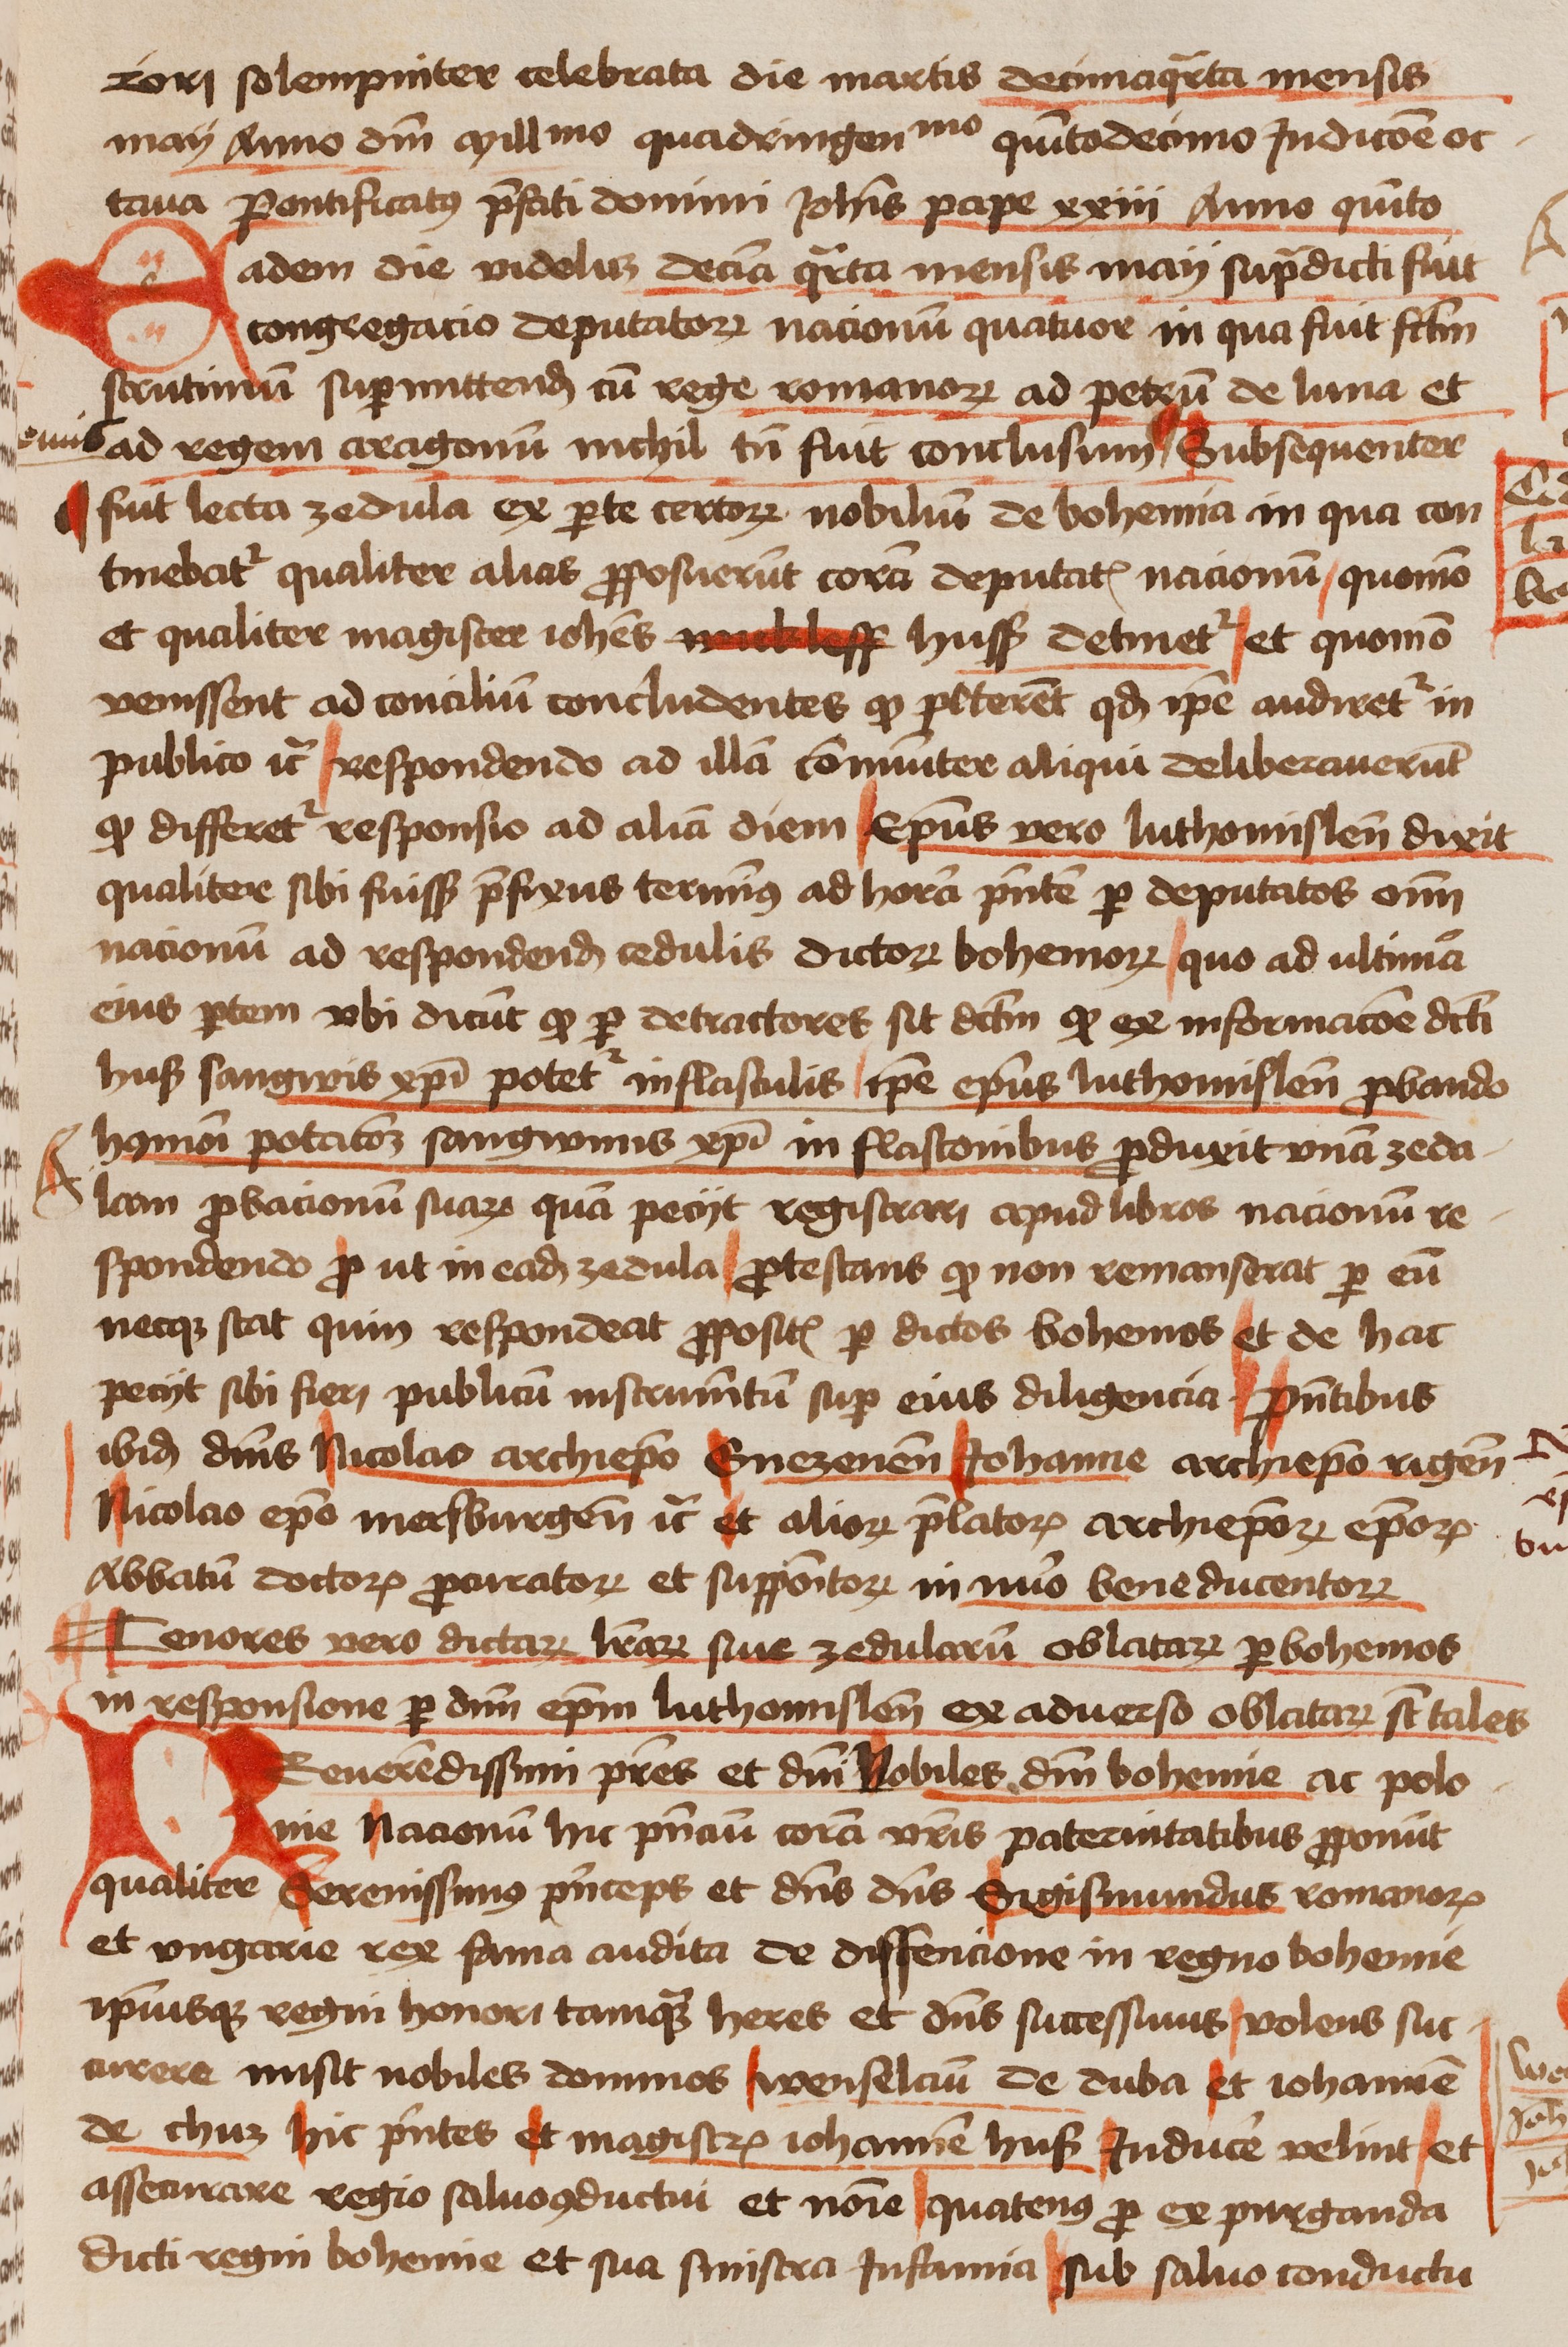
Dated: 1450–1474